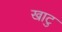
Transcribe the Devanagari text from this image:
खाटु